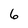
Character: 6